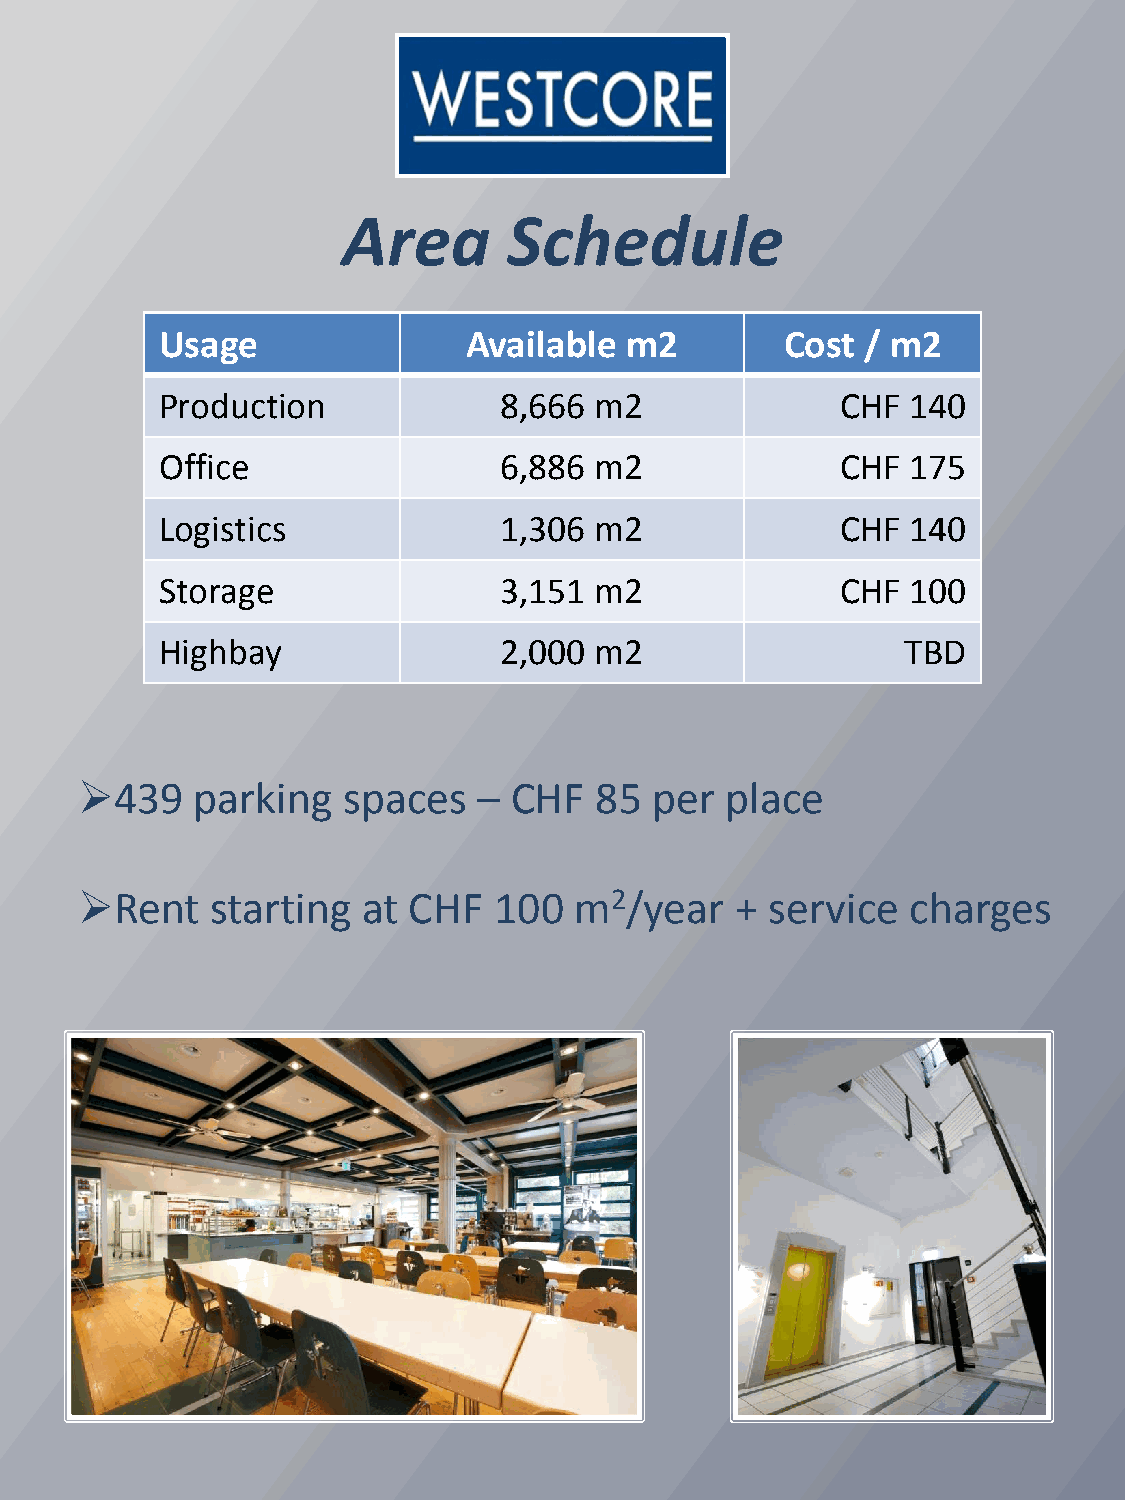
Area       Schedule
 Usage               Available m2         Cost / m2
 Production            8,666 m2               CHF 140
 Office                6,886 m2               CHF 175
 Logistics             1,306 m2               CHF 140
 Storage               3,151 m2               CHF 100
 Highbay               2,000 m2                   TBD
 439    parking   spaces   – CHF  85  per  place
 Rent    starting  at CHF   100  m2/year    + service  charges